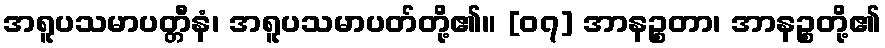
အရူပသမာပတ္တီနံ၊ အရူပသမာပတ်တို့၏။ [၀၇] အာနဉ္စတာ၊ အာနဉ္စတို့၏